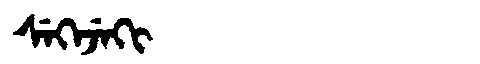
Manchu: ᠰᡝᡴᡝᠵᡝᡴᡳ
Romanization: SEKEJEKI